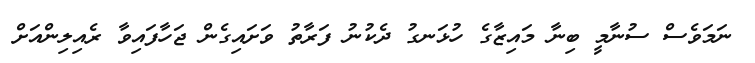
ނަމަވެސް ސުނާމީ ބިނާ މައިޒާގެ ހުޅަނގު ދެކުނު ފަރާތު ވަށައިގެން ޖަހާފައިވާ ރެއިލިންއަށް